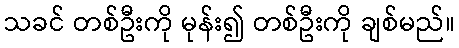
သခင် တစ်ဦးကို မုန်း၍ တစ်ဦးကို ချစ်မည်။